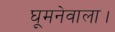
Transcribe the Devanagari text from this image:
घूमनेवाला।